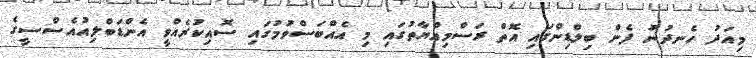
މިއަދު ހެނދުނު ފެން ބިލްޑިންގައި އޮތް ރަސްމިއްޔާތުގައި މި އެއްބަސްވުމުގައި ސޮއިކުރެއްވީ އެންޑަބްލިއުއެސްސީގެ